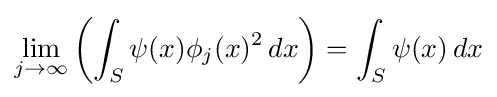
\lim _{j\to \infty }\left(\int _{S}\psi (x)\phi _{j}(x)^{2}\,dx\right)=\int _{S}\psi (x)\,dx